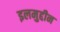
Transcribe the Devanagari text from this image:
इलमुद्दीन